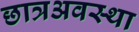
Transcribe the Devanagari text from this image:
छात्रअवस्था